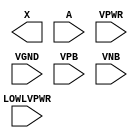
/**
 * Copyright 2020 The SkyWater PDK Authors
 *
 * Licensed under the Apache License, Version 2.0 (the "License");
 * you may not use this file except in compliance with the License.
 * You may obtain a copy of the License at
 *
 *     https://www.apache.org/licenses/LICENSE-2.0
 *
 * Unless required by applicable law or agreed to in writing, software
 * distributed under the License is distributed on an "AS IS" BASIS,
 * WITHOUT WARRANTIES OR CONDITIONS OF ANY KIND, either express or implied.
 * See the License for the specific language governing permissions and
 * limitations under the License.
 *
 * SPDX-License-Identifier: Apache-2.0
 */

`ifndef SKY130_FD_SC_HD__LPFLOW_LSBUF_LH_ISOWELL_PP_BLACKBOX_V
`define SKY130_FD_SC_HD__LPFLOW_LSBUF_LH_ISOWELL_PP_BLACKBOX_V

/**
 * lpflow_lsbuf_lh_isowell: Level-shift buffer, low-to-high, isolated
 *                          well on input buffer, no taps,
 *                          double-row-height cell.
 *
 * Verilog stub definition (black box with power pins).
 *
 * WARNING: This file is autogenerated, do not modify directly!
 */

`timescale 1ns / 1ps
`default_nettype none

(* blackbox *)
module sky130_fd_sc_hd__lpflow_lsbuf_lh_isowell (
    X       ,
    A       ,
    LOWLVPWR,
    VPWR    ,
    VGND    ,
    VPB     ,
    VNB
);

    output X       ;
    input  A       ;
    input  LOWLVPWR;
    input  VPWR    ;
    input  VGND    ;
    input  VPB     ;
    input  VNB     ;
endmodule

`default_nettype wire
`endif  // SKY130_FD_SC_HD__LPFLOW_LSBUF_LH_ISOWELL_PP_BLACKBOX_V